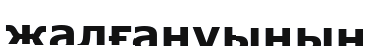
жалғануының